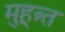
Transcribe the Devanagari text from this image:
मुहूत्र्त